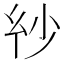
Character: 𢆽